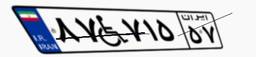
۸۷W۷۱۵۵۷